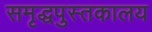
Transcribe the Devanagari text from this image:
समृद्धपुस्तकालय